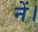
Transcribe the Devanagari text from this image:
नें।